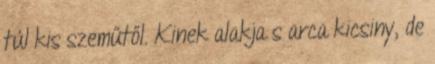
túl kis szeműtől. Kinek alakja s arca kicsiny, de